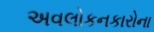
અવલોકનકારોના